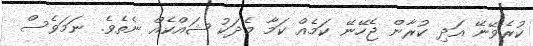
ކުރެވޭނޭ އަދި ކުރާން ޖެހޭނޭ ކަމެއް ކަމާ މެދަކު ޝައްކެއް ނެތެވެ. ނަމަވެސް